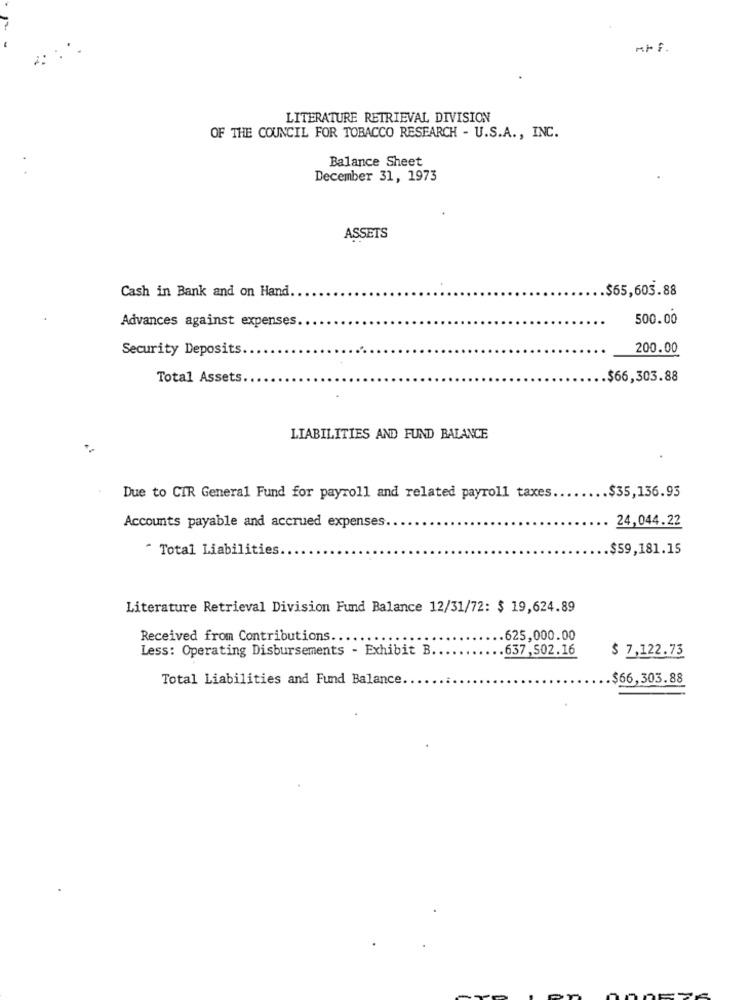
m/ F .
LITERATURE RETRIEVAL DIVISION
OF THE COUNCIL FOR TOBACCO RESEARCH - U.S.A ., INC.
Balance Sheet
December 31, 1973
ASSETS
.$65,603.88
Cash in Bank and on Hand.
500.00
Advances against expenses.
Security Deposits.
200.00
Total Assets.
$66,303.88
LIABILITIES AND FUND BALANCE
Due to CIR General Fund for payroll and related payroll taxes.
$35,136.93
Accounts payable and accrued expenses
24,044.22
* Total Liabilities.
$59,181.15
Literature Retrieval Division Fund Balance 12/31/72: $ 19,624.89
Received from Contributions ......
625,000.00
Less: Operating Disbursements - Exhibit B.
.637, 502.16
$ 7,122.73
Total Liabilities and Fund Balance
$66,303.88